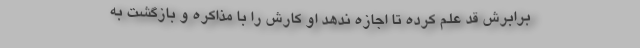
برابرش قد علم کرده تا اجازه ندهد او کارش را با مذاکره و بازگشت به